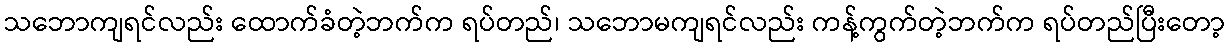
သဘောကျရင်လည်း ထောက်ခံတဲ့ဘက်က ရပ်တည်၊ သဘောမကျရင်လည်း ကန့်ကွက်တဲ့ဘက်က ရပ်တည်ပြီးတော့